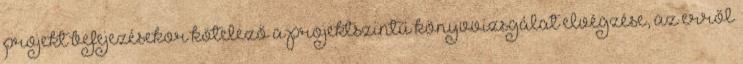
projekt befejezésekor kötelező a projektszintű könyvvizsgálat elvégzése, az erről